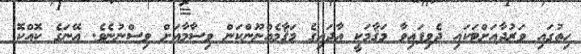
ހިތުގައި ވަރުދާއަށްޓަކައި ދެވިފައިވާ މަޤާމަކީ އާދައިގެ މަޤާމެއްނޫންކަން ވިސާމާއަށް ވިސްނުނެވެ. އޭނަގެ ކޮއްކޮ